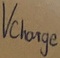
Text: Vcharge